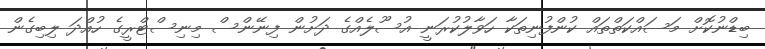
ބިޑްނުކޮށް މަސައްކަތްތައް ކުންފުނިތަކާ ހަވާލުކުރަނީ އުސޫލެއްގެ ދަށުން ފިނޭންސް މިނިސްޓްރީގެ ހުއްދަ ލިބިގެން